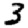
Digit: 3